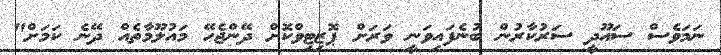
ނަމަވެސް ސައޫދީ ސަރުކާރުން ބުނެފައިވަނީ ވަރަށް ޕޮޒިޓިވްކޮށް ދޭންޖެހޭ މައުލޫމާތެއް ދޭނެ ކަމަށް"